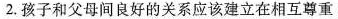
2.孩子和父母间良好的关系应该建立在相互尊重